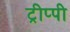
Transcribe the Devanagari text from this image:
ट्रीप्पी